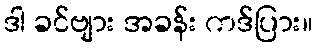
ဒါ ခင်ဗျား အခန်း ကဒ်ပြား။